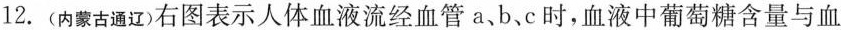
C.b是身体各部分组织细胞周围的毛细血管心脏血流的方向心脏